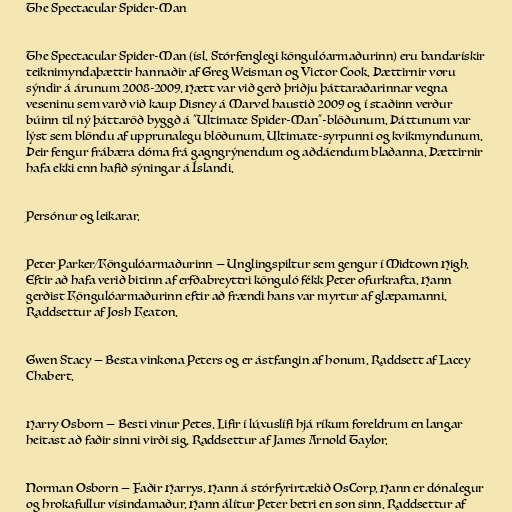
The Spectacular Spider-Man

The Spectacular Spider-Man (ísl. Stórfenglegi köngulóarmaðurinn) eru bandarískir
teiknimyndaþættir hannaðir af Greg Weisman og Victor Cook. Þættirnir voru
sýndir á árunum 2008-2009. Hætt var við gerð þriðju þáttaraðarinnar vegna
veseninu sem varð við kaup Disney á Marvel haustið 2009 og í staðinn verður
búinn til ný þáttaröð byggð á "Ultimate Spider-Man"-blöðunum. Þáttunum var
lýst sem blöndu af upprunalegu blöðunum, Ultimate-syrpunni og kvikmyndunum.
Þeir fengur frábæra dóma frá gagngrýnendum og aðdáendum blaðanna. Þættirnir
hafa ekki enn hafið sýningar á Íslandi.

Persónur og leikarar.

Peter Parker/Köngulóarmaðurinn — Unglingspiltur sem gengur í Midtown High.
Eftir að hafa verið bitinn af erfðabreyttri könguló fékk Peter ofurkrafta. Hann
gerðist Köngulóarmaðurinn eftir að frændi hans var myrtur af glæpamanni.
Raddsettur af Josh Keaton.

Gwen Stacy — Besta vinkona Peters og er ástfangin af honum. Raddsett af Lacey
Chabert.

Harry Osborn — Besti vinur Petes. Lifir í lúxuslífi hjá ríkum foreldrum en langar
heitast að faðir sinni virði sig. Raddsettur af James Arnold Taylor.

Norman Osborn — Faðir Harrys. Hann á stórfyrirtækið OsCorp. Hann er dónalegur
og hrokafullur vísindamaður. Hann álítur Peter betri en son sinn. Raddsettur af